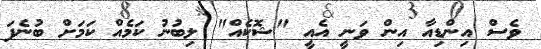
ވެސް އިންޑިއާ އިން ވަނީ އެއީ "ޝޮކެއް" ލިބުނު ކަމެއް ކަމަށް ބުނެފަ